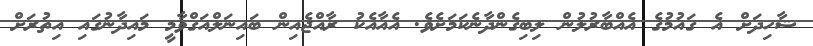
ޝާހިދަށް އެ ގައުމުގެ އެއްބާރުލުން ލިބިގެންދާނެކަމަށެވެ. އެއާއެކު ރާއްޖެއިން ބައިނަލްއަގްވާމީ މައިދާނުގައި އިތުރަށް